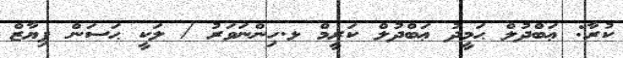
ކުރާ: ޢަބްދުލް ޙަމީދު ޢަބްދުލް ކަރީމް ޅ.ހިންނަވަރު / ލަކީ ޙަސަން ފިޔާޒް